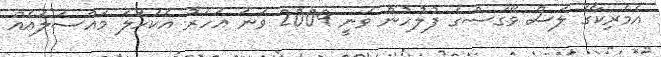
އެމެރިކާގެ ލަސް ވޭގަސްގެ ފުލުހުން ވަނީ 2009 ވަނަ އަހަރު އެކަހަލަ މައްސަލައެއް